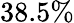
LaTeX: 38.5\%